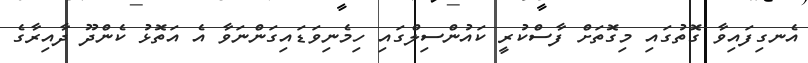
އެނގިފައިވާ ގޮތުގައި މިގޮތަށް ފާސްކުރީ ކައުންސިލްގައި ހިމެނިވަޑައިގަންނަވާ އެ އަތޮޅު ކެންދޫ ދާއިރާގެ